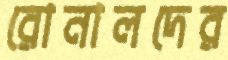
রোনালদের